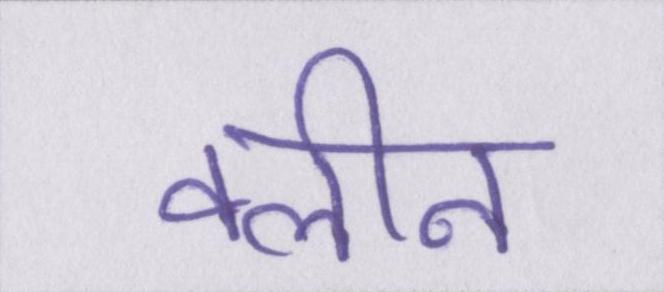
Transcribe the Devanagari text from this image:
क्लीन